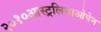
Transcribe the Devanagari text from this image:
२०१०आस्ट्रलियाओपेन